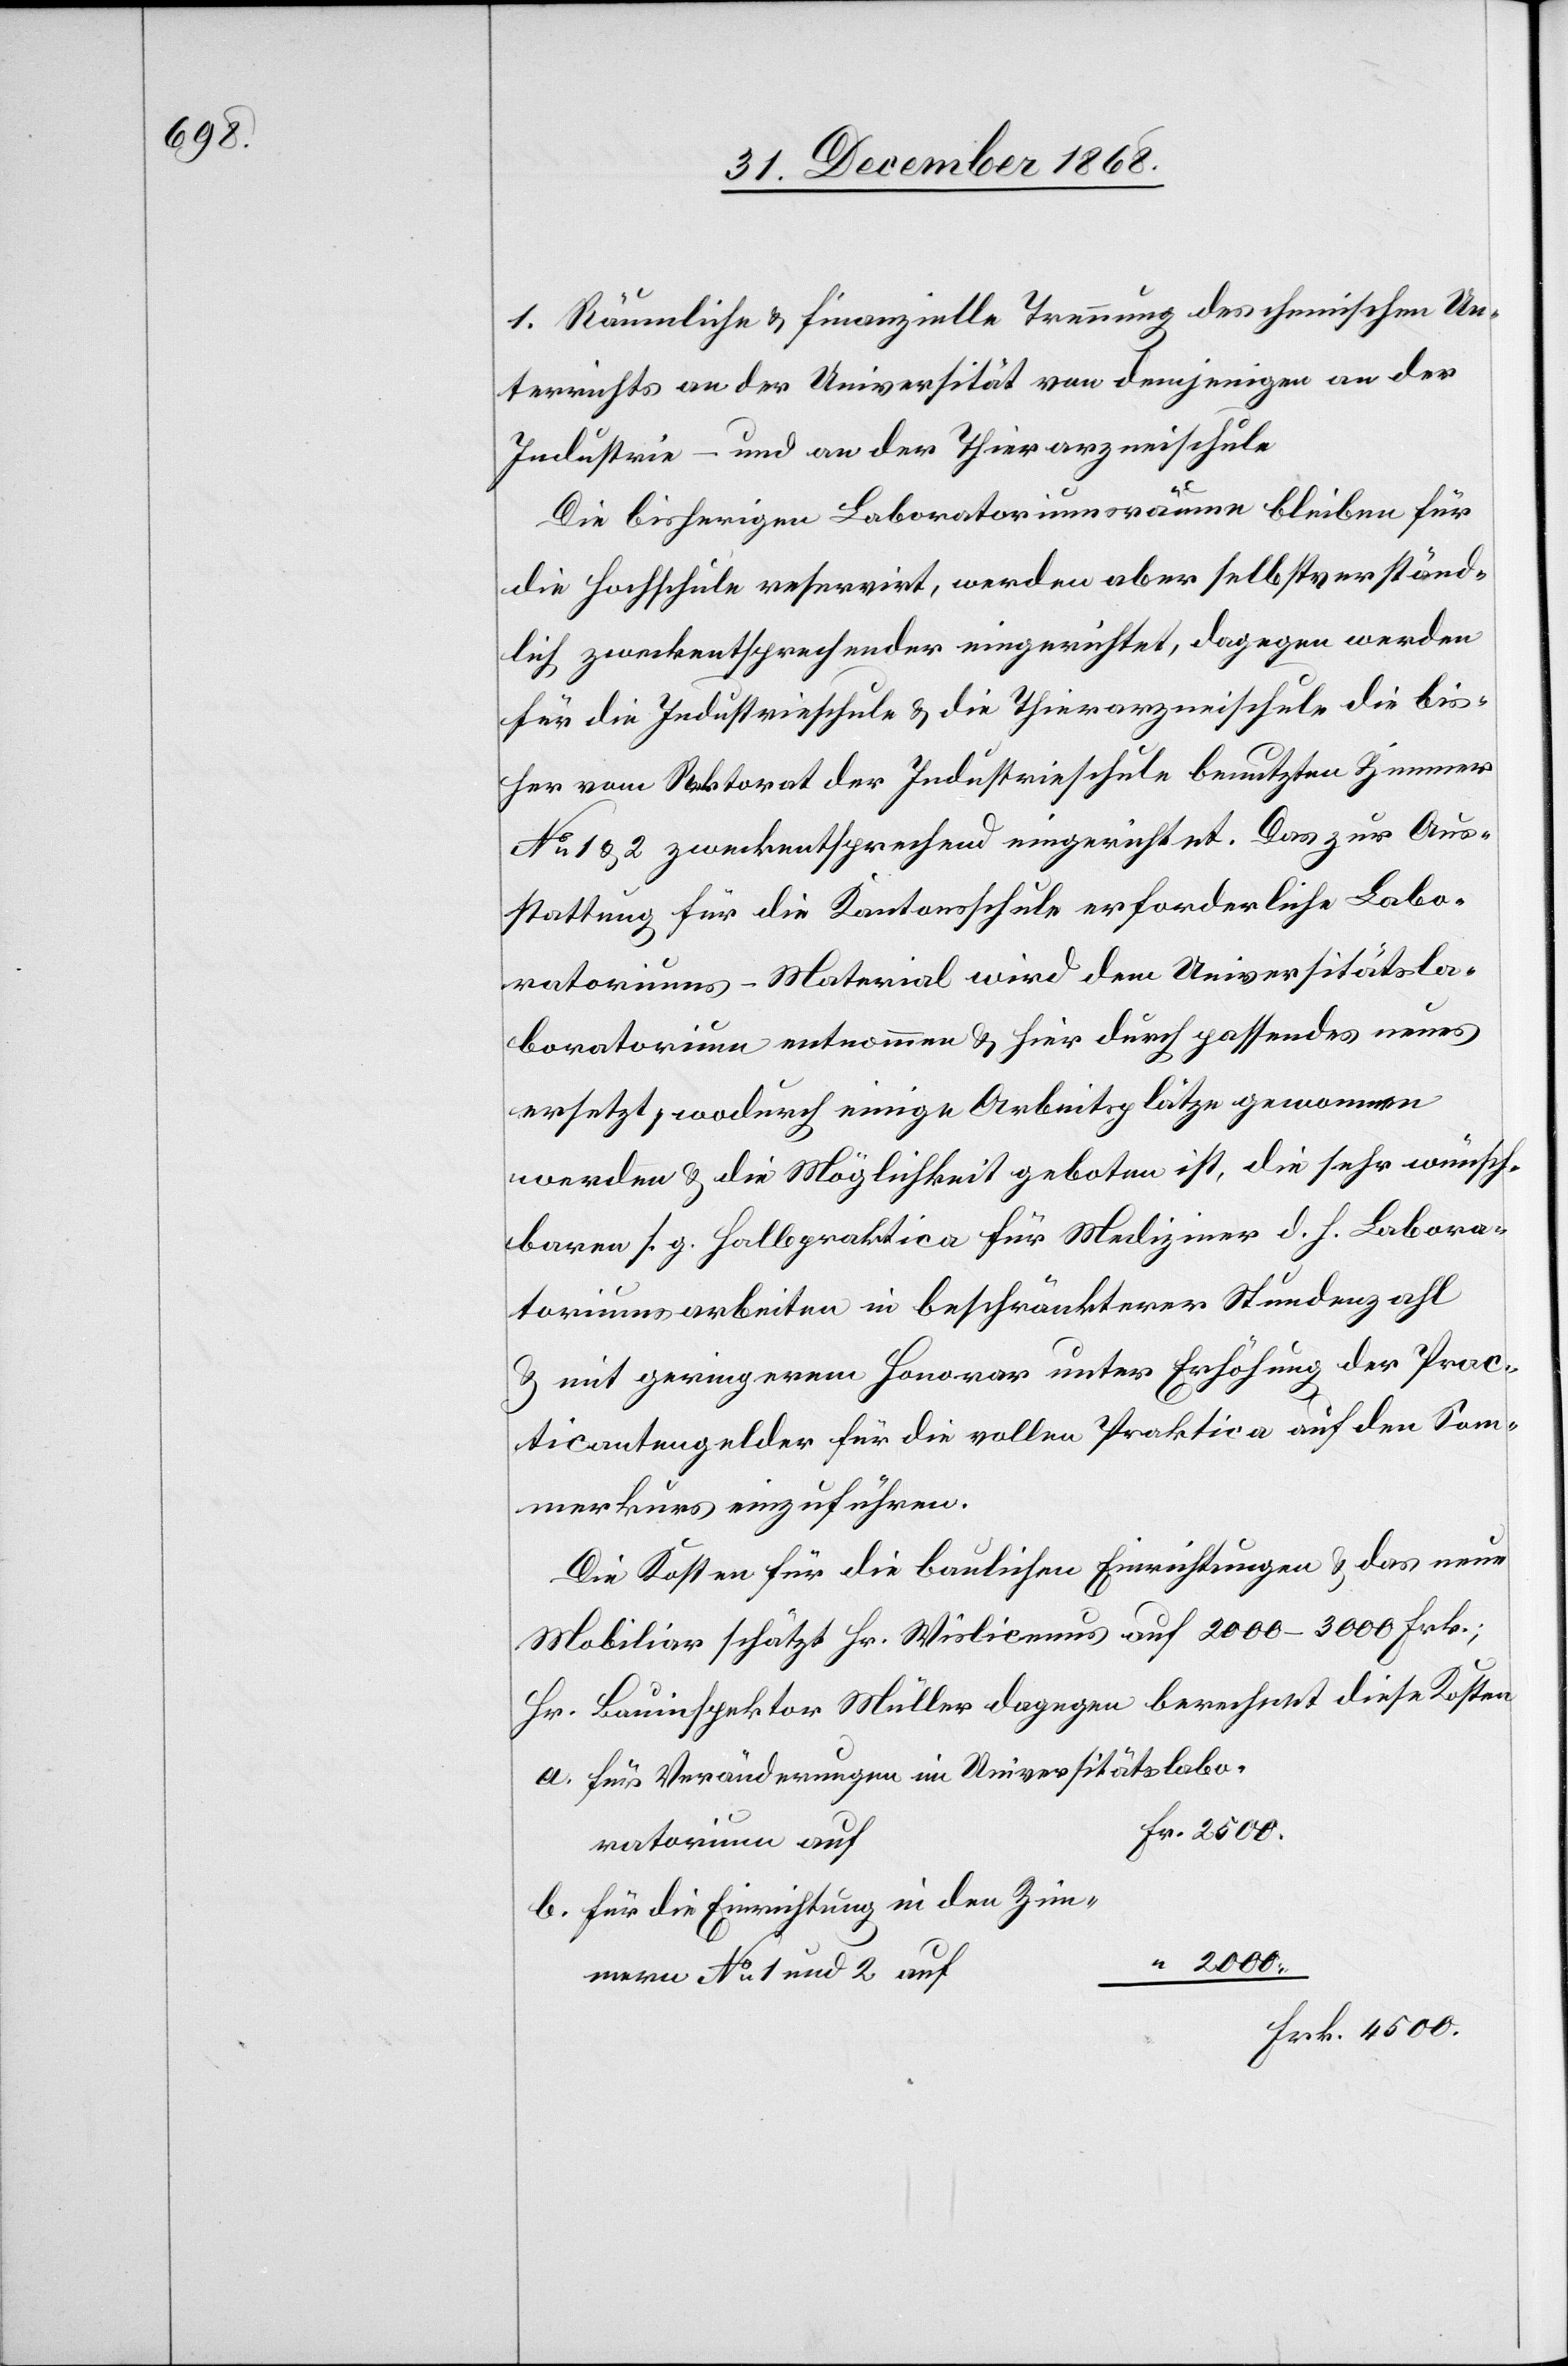
1. Räumliche & finanzielle Trennung des chemischen Un¬
terrichts an der Universität von demjenigen an der
Industrie- und an der Thierarzneischule
Die bisherigen Laboratoriumsräume bleiben für
die Hochschule reservirt, werden aber selbstverständ¬
lich zweckentsprechender eingerichtet, dagegen werden
für die Industrieschule & die Thierarzneischule die bis¬
her vom Rektorat der Industrieschule benutzten Zimmer
No 1 & 2 zweckentsprechend eingerichtet. Das zur Aus¬
stattung für die Kantonsschule erforderliche Labo¬
ratoriums-Material wird dem Universitätsla¬
boratorium entnommen & hier durch passendes neues
ersetzt, wodurch einige Arbeitsplätze gewonnen
werden & die Möglichkeit geboten ist, die sehr wünsch¬
baren s. g. Halbpraktica für Mediziner d. h. Labora¬
toriumsarbeiten in beschränkterer Stundenzahl
& mit geringerem Honorar unter Erhöhung der Prac¬
ticantengelder für die vollen Praktica auf den Som¬
merkurs einzuführen.
Die Kosten für die baulichen Einrichtungen & das neue
Mobiliar schätzt Hr. Wislicenus auf 2000–3000 Frk.;
Hr. Bauinspektor Müller dagegen berechnet diese Kosten
für Veränderungen im Universitätslabo¬
Fr. 2500.
ratorium auf
für die Einrichtung in den Zim¬
“ 2000.
mern No 1 und 2 auf
Frk. 4500.